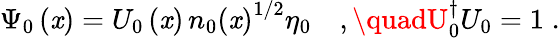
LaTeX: \Psi_{0}\left(\mathit{x}\right)=U_{0}\left(\mathit{x}\right)\, n_{0}\left(\mathit{x}\right)^{1/2}\eta_{0}\quad,\quadU_{0}^{\dagger}U_{0}=1\; .